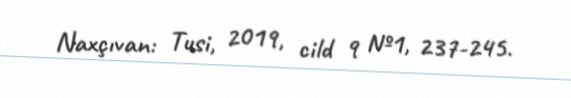
Naxçıvan: Tusi, 2019, cild 9 №1, 237-245.